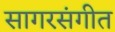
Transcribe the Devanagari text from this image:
सागरसंगीत